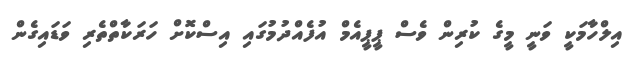
އިލްހާމަކީ ވަނީ މީގެ ކުރިން ވެސް ޕީޕީއެމް އުފެއްދުމުގައި އިސްކޮށް ހަރަކާތްތެރި ވަޑައިގެން